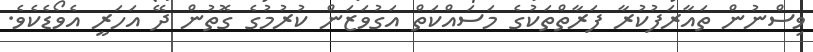
ވިސްނުން ތައާރަފުކުރާ ފަރާތްތަކުގެ މަސައްކަތް އަގުވަޒަން ކުރުމުގެ ގޮތުން ދޭ އަހަރީ އެވޯޑެކެވެ.